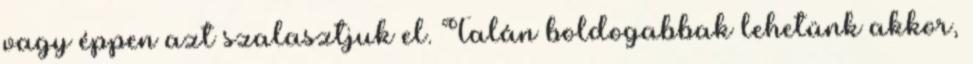
vagy éppen azt szalasztjuk el. Talán boldogabbak lehetünk akkor,